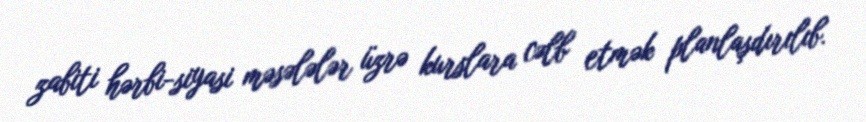
zabiti hərbi-siyasi məsələlər üzrə kurslara cəlb etmək planlaşdırılıb.